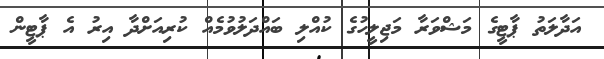
އަދާލަތު ޕާޓީގެ މަޝްވަރާ މަޖިލީހުގެ ކުއްލި ބައްދަލުވުމެއް ކުރިއަށްދާ އިރު އެ ޕާޓީން